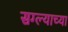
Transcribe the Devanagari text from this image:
सग्ल्याच्या